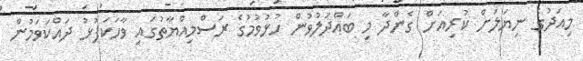
މިއަދުގެ ނިޔަލަށް ކުރިއަށް ގެންދާ މި ބައްދަލުވުން ހުޅުވުމުގެ ރަސްމިއްޔާތުގައި ވާހަކަފުޅު ދައްކަވަމުން